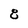
Character: 8